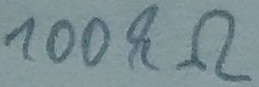
Text: 100kΩ